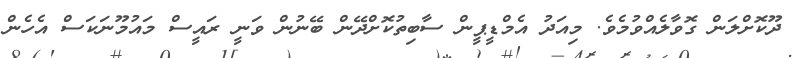
ދޫކޮށްލަން ގޮވާލެއްވުމެވެ. މިއަދު އެމްޑީޕީން ސާބިތުކޮށްދޭން ބޭނުން ވަނީ ރައީސް މައުމޫނަކަސް އެހެން